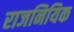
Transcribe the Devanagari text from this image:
राजनियिक